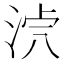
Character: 𣴸